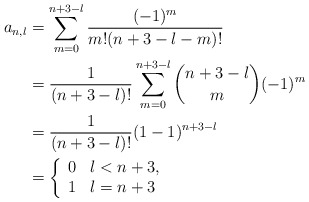
\begin{align*} a_{n,l}&=\sum_{m=0}^{n+3-l}\frac{(-1)^m}{m!(n+3-l-m)!}\\&=\frac{1}{(n+3-l)!}\sum_{m=0}^{n+3-l}\binom{n+3-l}{m}(-1)^m\\&=\frac{1}{(n+3-l)!}(1-1)^{n+3-l}\\&=\left\{\begin{array}{ll} 0 & l<n+3,\\ 1 & l=n+3\end{array}\right.\end{align*}